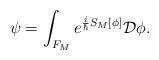
LaTeX: \begin{align*}\psi = \int_{F_M}e^{\frac{i}{\hbar}S_M[\phi]}\mathcal{D}\phi.\end{align*}